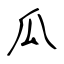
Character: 瓜